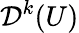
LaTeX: {\mathcal{D}}^{k}(U)